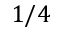
1 / 4